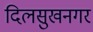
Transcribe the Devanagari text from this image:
दिलसुखनगर